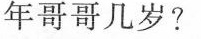
年哥哥几岁?